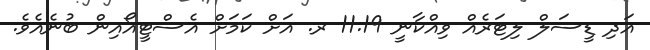
އަދި ޑީސަލް ލިޓަރެއް ވިއްކާނީ 11.19 ރ. އަށް ކަމަށް އެސްޓީއޯއިން ބުނެއެވެ.